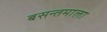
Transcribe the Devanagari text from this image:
बसन्तमाला